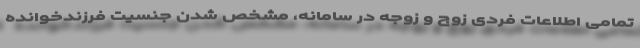
تمامی اطلاعات فردی زوج و زوجه در سامانه، مشخص شدن جنسیت فرزندخوانده